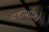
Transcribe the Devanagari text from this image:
यनामोमो